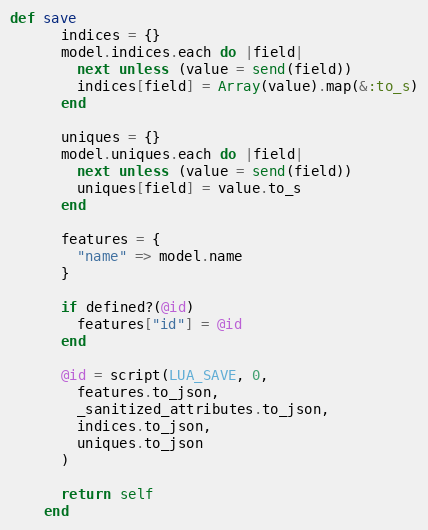
Language: Ruby
def save
      indices = {}
      model.indices.each do |field|
        next unless (value = send(field))
        indices[field] = Array(value).map(&:to_s)
      end

      uniques = {}
      model.uniques.each do |field|
        next unless (value = send(field))
        uniques[field] = value.to_s
      end

      features = {
        "name" => model.name
      }

      if defined?(@id)
        features["id"] = @id
      end

      @id = script(LUA_SAVE, 0,
        features.to_json,
        _sanitized_attributes.to_json,
        indices.to_json,
        uniques.to_json
      )

      return self
    end